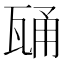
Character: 𭺢